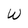
Character: W